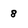
Character: 8